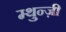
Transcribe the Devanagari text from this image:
म्थुन्ज़ी